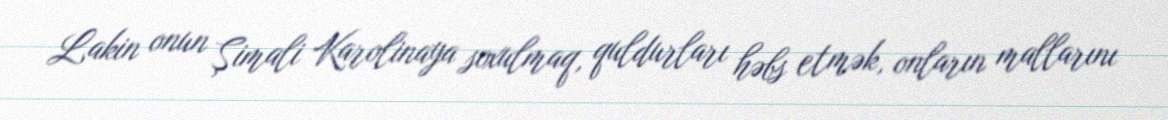
Lakin onun Şimali Karolinaya soxulmaq, quldurları həbs etmək, onların mallarını